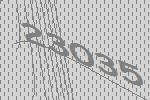
23035